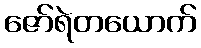
ဇော်ရဲတယောက်